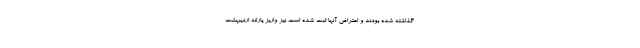
گذاشته شده بودند و اعتراض آنها ثبت شده است نیز واریز یارانه اردیبهشت